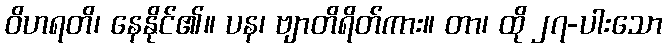
ဝိဟရတိ၊ နေနိုင်၏။ ပန၊ ဗျာတိရိတ်ကား။ တာ၊ ထို ၂၇-ပါးသော